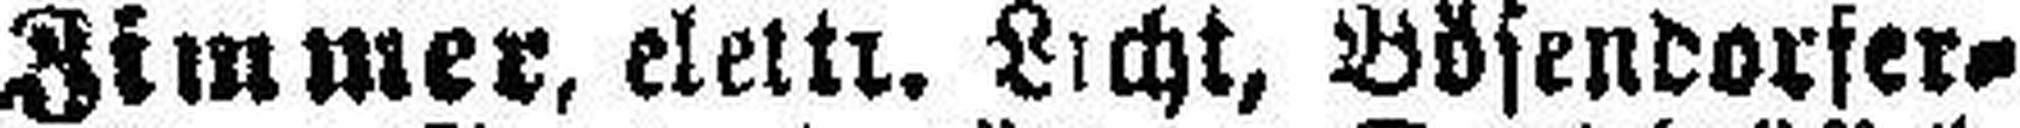
Zimmer, elektr. Licht, Bösendorfer¬